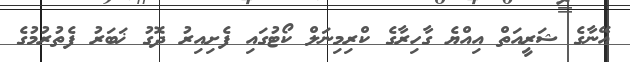
އޭނާގެ ޝަރީއަތް އިއްޔެ ގާހިރާގެ ކްރިމިނަލް ކޯޓުގައި ފެށިއިރު ދޮގު ޚަބަރު ފެތުރުމުގެ